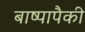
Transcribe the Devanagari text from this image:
बाष्पापैकी